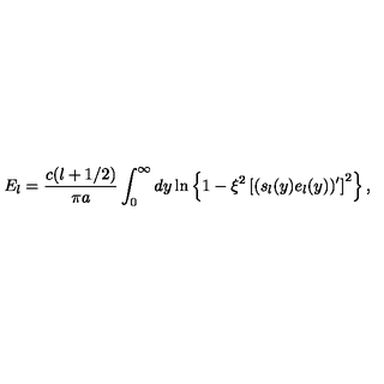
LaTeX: E _ { l } = \frac { c ( l + 1 / 2 ) } { \pi a } \int _ { 0 } ^ { \infty } d y \ln \left\{ 1 - \xi ^ { 2 } \left[ ( s _ { l } ( y ) e _ { l } ( y ) ) ^ { \prime } \right] ^ { 2 } \right\} ,